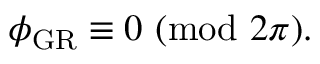
\begin{array} { r } { \phi _ { \mathrm { G R } } \equiv 0 \ ( \mathrm { m o d } \ 2 \pi ) . } \end{array}